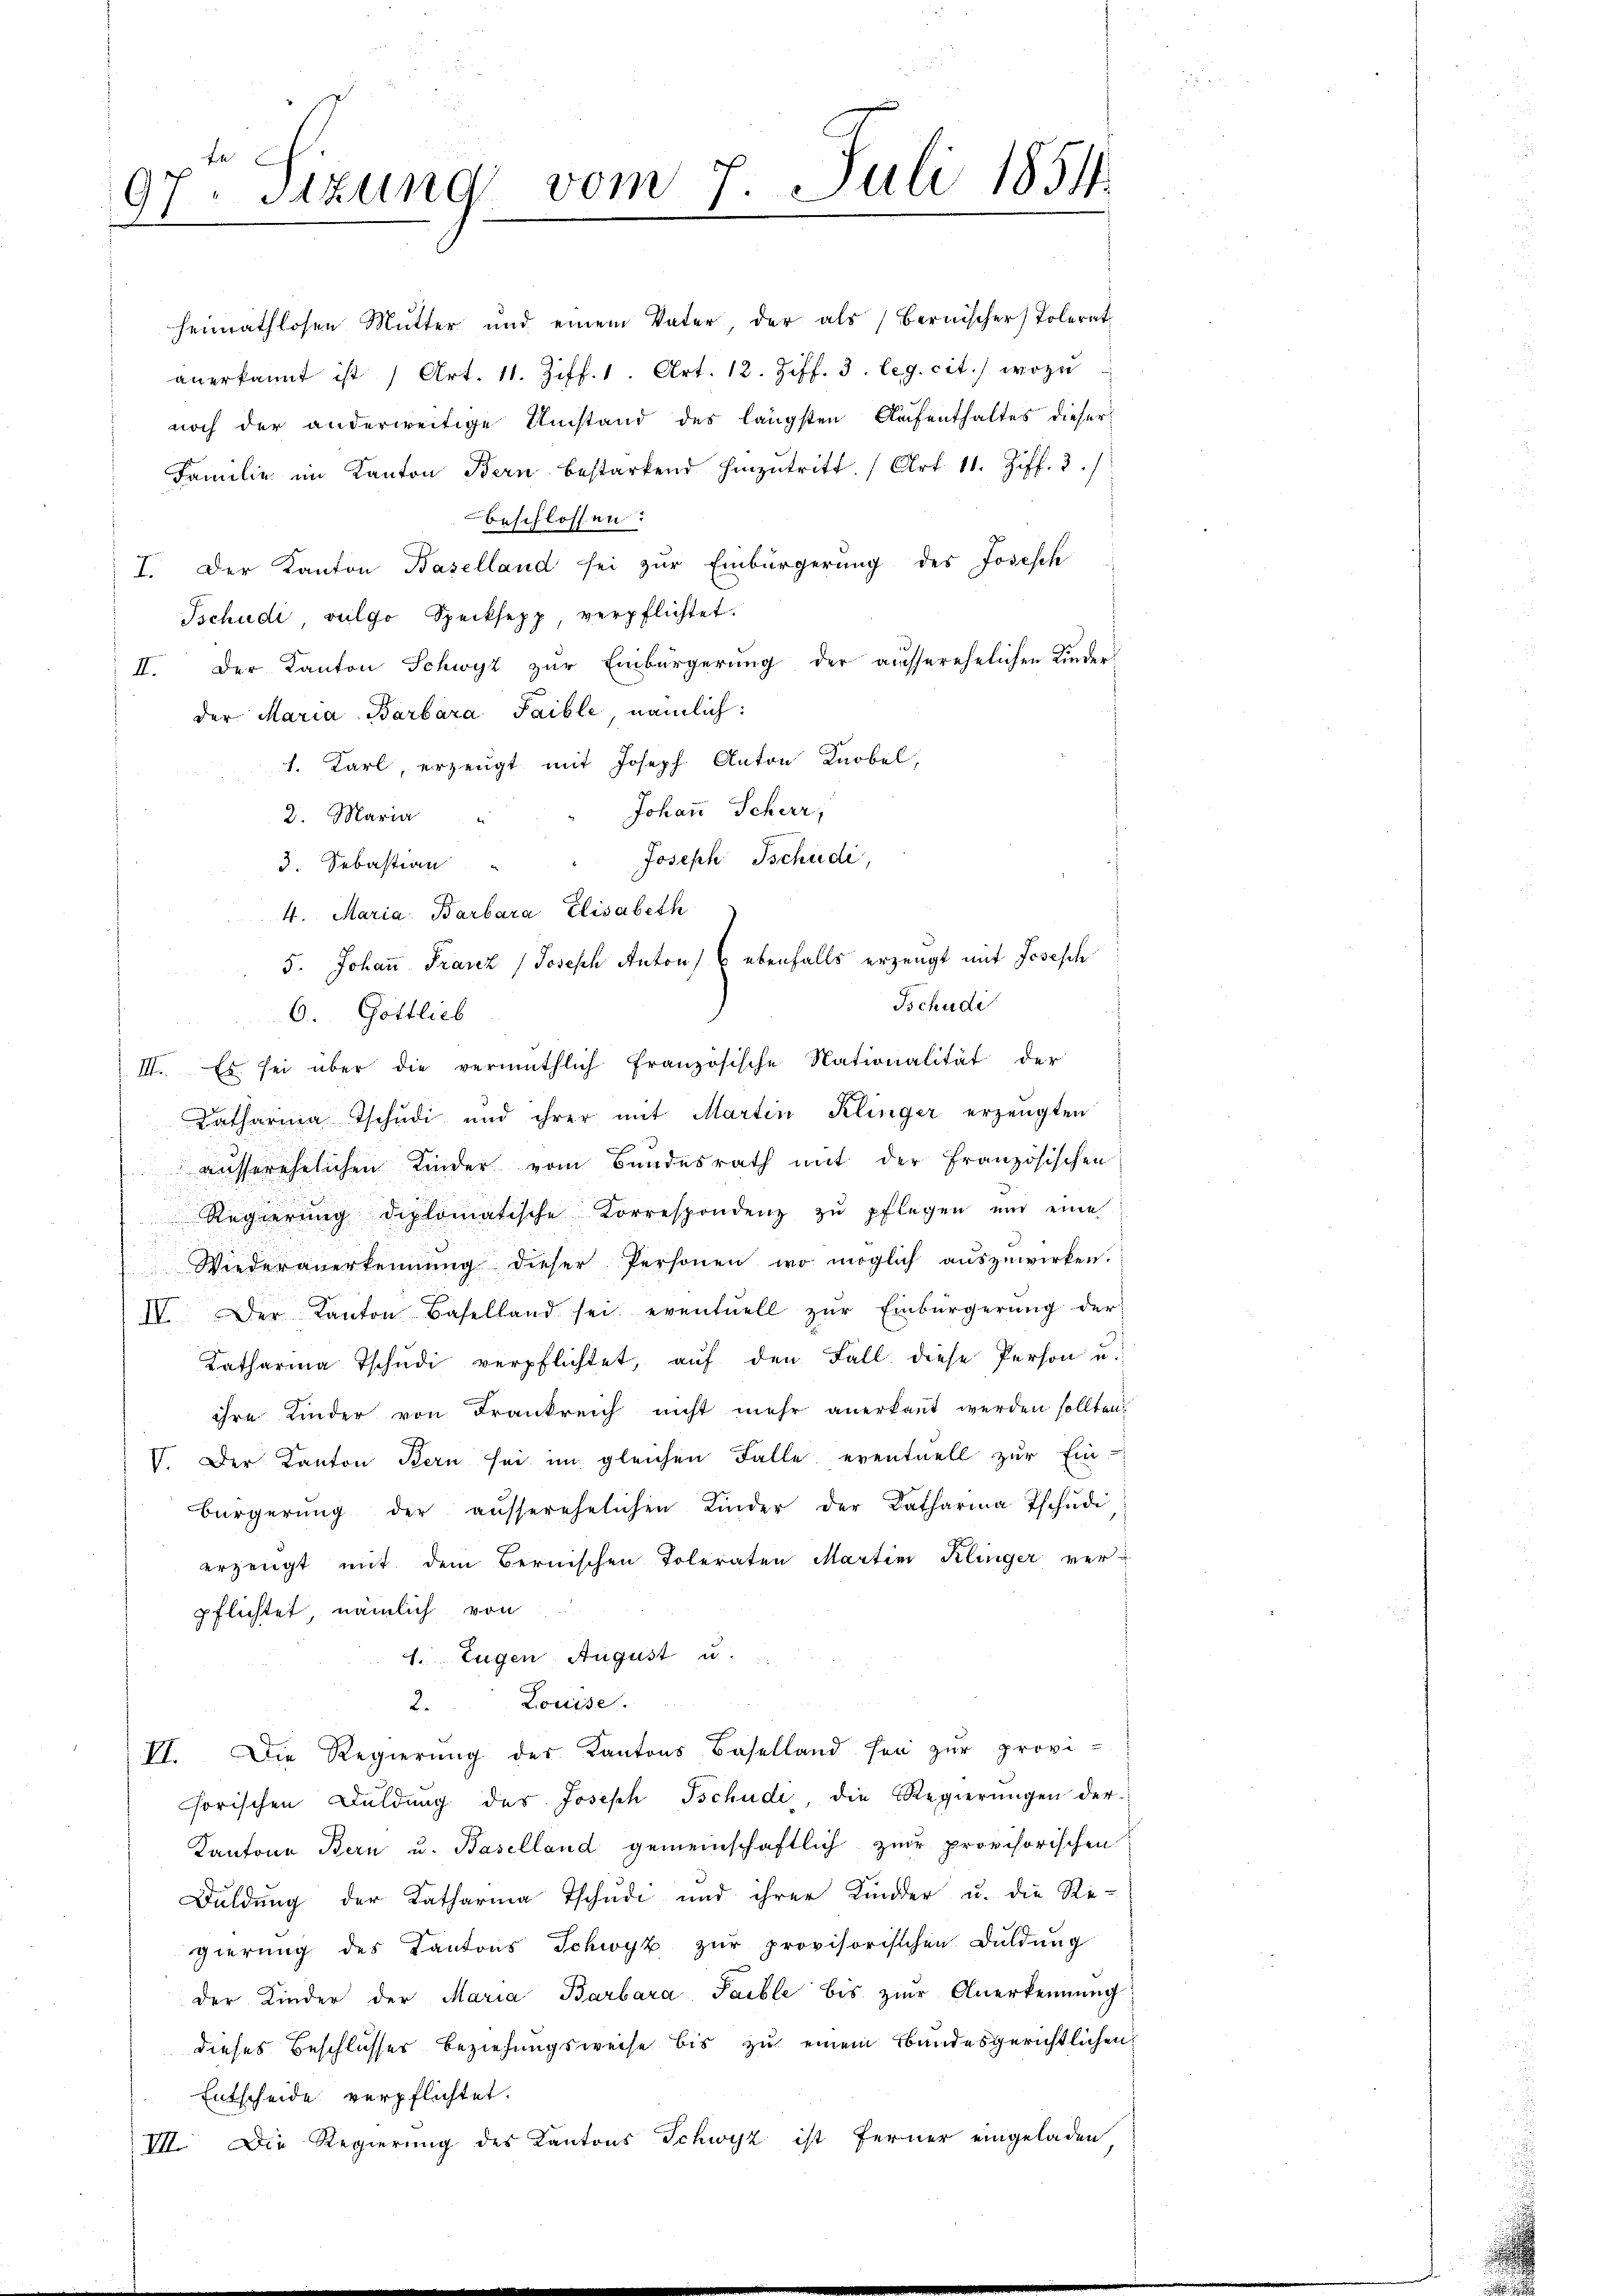
vom 7. Juli 1854
97, Itzung
.
e

beschlossen:
I. Der Kanton Baselland sei zur Einbürgerung des Josesch
Tschudi vulgo Specksepp, verpflichtet.
II. Der Kanton Schwyz zŭr Einbürgerŭng der ausserehelichen Kinder
der Maria Barbara Paible nämlich:
1. Karl, erzeugt mit Joseph Anton Knobel,
Johann Scheer,
2. Maria
Joseph Tschudi,
3. Sebastian
Tschudi
6. Gottlieb
Katharina Tschudi und ihrer mit Martin Klinger erzeugten
ausserehelichen Kinder vom Bundesrath mit der Französischen
Regierŭng diplomatische Korrespondenz zŭ pflegen und eine
Wiederanerkennung dieser Personen wo möglich auszuwirken.
IV. Der Kanton Baselland sei eventuell zŭr Einbürgerŭng der
Katharina Tschudi verpflichtet, auf den Fall diese Person u.
ihre Kinder von Frankreich nicht mehr anerkannt werden sollten.
V. Der Kanton Bern sei im gleichen Falle eventuell zur Ein-
bürgerŭng der aŭsserehelichen Kinder der Katharina Tschŭdi
erzeugt mit dem Bernischen Toleraten Martin Klinger verpflichtet, nämlich von
1. Eugen August u.
2. Louise
VI. Die Regierung des Kantons Baselland sei zur provi-
horischen Duldung des Joseph Tschudi, die Regierungen der-
Kantone Bern u. Baselland gemeinschaftlich zur provisorischen
Buldung der Katharina Tschudi und ihrer Kinder u. die Re-
gierŭng des Kantons Schwyz zŭr provisorischen Duldung
der Kinder der Maria Barbara Paible bis zur Anerkennung
dieses Beschlusser Beziehungsweise bis zu einem Bundesgerichtlichen,
Entscheide verpflichtet.
VII. Die Regierung des Kantons Schwyz ist ferner eingeladen

heimathlosen Mutter und einem Vater, der als Bernischer Polerat
anerkannt ist (Art. 11. Ziff. 1. Art. 12. Ziff. 3. leg. cit., wozu
noch der anderweitige Umstand des längsten Aufenthaltes dieser
Familie im Kanton Bern bestarkend hinzutritt. (Art. 11. Ziff. 3.)

4. Maria Barbara Elisabeth

5. Johann Franz Joseph Anton) E ebenfalls erzeugt mit Josesch
III. Es sei über die vermuthlich französische Nationalität der